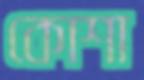
কোশা